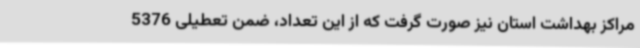
مراکز بهداشت استان نیز صورت گرفت که از این تعداد، ضمن تعطیلی 5376